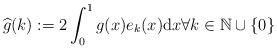
LaTeX: \begin{align*}\widehat{g}(k):=2\int_0^1 g(x) e_k(x) \mathrm{d}x \forall k\in \mathbb{N}\cup\{0\}\end{align*}